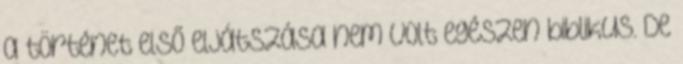
a történet első eljátszása nem volt egészen biblikus. De